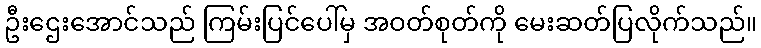
ဦးဌေးအောင်သည် ကြမ်းပြင်ပေါ်မှ အဝတ်စုတ်ကို မေးဆတ်ပြလိုက်သည်။